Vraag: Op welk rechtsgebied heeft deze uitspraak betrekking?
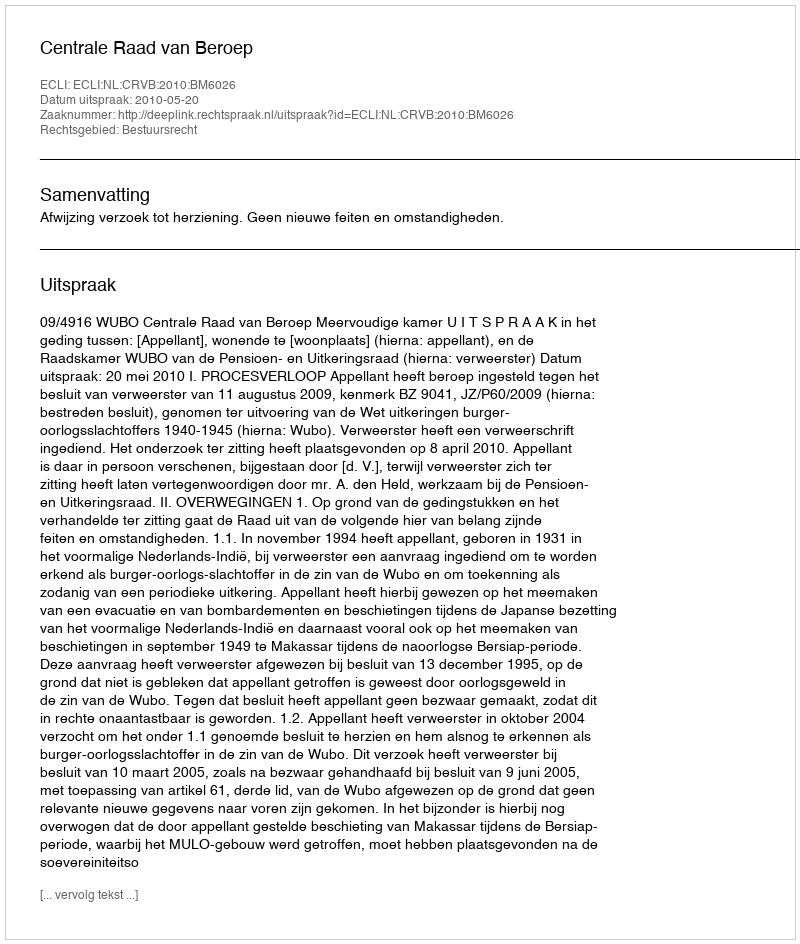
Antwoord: Bestuursrecht